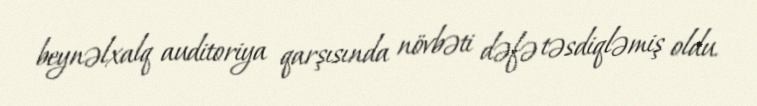
beynəlxalq auditoriya qarşısında növbəti dəfə təsdiqləmiş oldu.